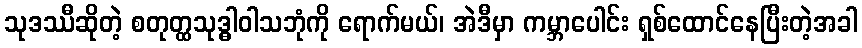
သုဒဿီဆိုတဲ့ စတုတ္ထသုဒ္ဓါဝါသဘုံကို ရောက်မယ်၊ အဲဒီမှာ ကမ္ဘာပေါင်း ရှစ်ထောင်နေပြီးတဲ့အခါ